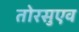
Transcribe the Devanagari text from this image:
तोरसुएव